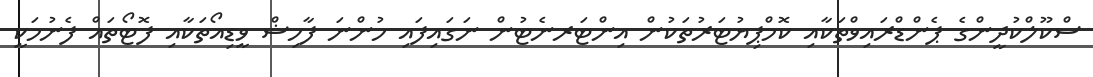
ސްކޫލްކުދީންގެ ޕެންޑްރައިވްތަކާއި ކޮމްޕިޔުޓަރުތަކުން އިންޓަރނެޓުން ނަގައިފައި ހުންނަ ފާހިޝް ވީޑިއޯތަކާއި ފޮޓޯތައް ފެނުމަކީ